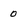
Character: O